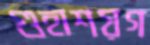
গুহাশয়গ